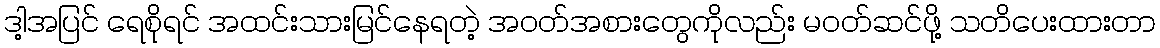
ဒါ့အပြင် ရေစိုရင် အထင်းသားမြင်နေရတဲ့ အဝတ်အစားတွေကိုလည်း မဝတ်ဆင်ဖို့ သတိပေးထားတာ